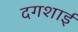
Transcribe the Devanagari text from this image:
दगशाई